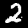
Label: 2